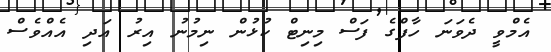
އެމްވީ ދެވަނަ ހާފްގެ ފަސް މިނިޓް ކުޅުން ނިމުނު އިރު އަދި އެއްވެސް